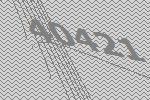
40421